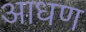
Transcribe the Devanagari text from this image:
आधण